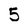
Character: 5